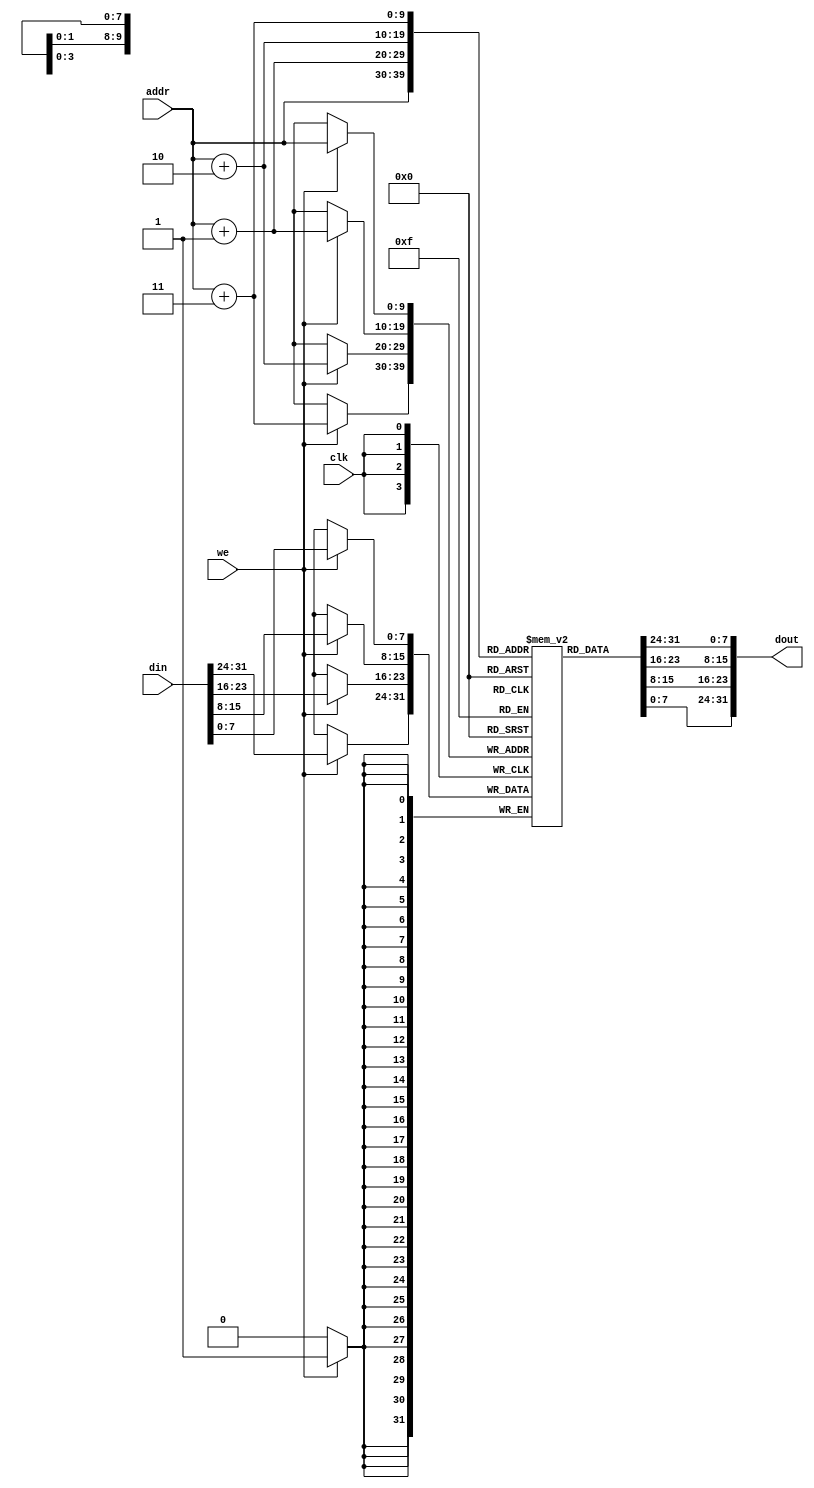
module dm_1k(addr, din, we, clk, dout);
    input [9:0] addr ;  
    input [31:0] din ;   // 32-bit input data
    input we ;          // dm write enable
    input clk ;         // clock
    output [31:0] dout ;  // 32-bit dm output
    reg[7:0] dm[1023:0] ;

    always@(posedge clk)
    begin
        if(we) {dm[addr+3],dm[addr+2],dm[addr+1],dm[addr]}<=din; //
    end
    assign dout={dm[addr+3],dm[addr+2],dm[addr+1],dm[addr]};   //
      // 
endmodule